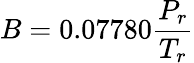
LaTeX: B=0.07780{\frac{P_{r}}{T_{r}}}